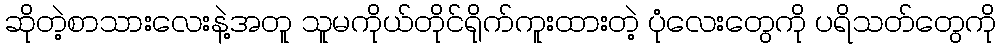
ဆိုတဲ့စာသားလေးနဲ့အတူ သူမကိုယ်တိုင်ရိုက်ကူးထားတဲ့ ပုံလေးတွေကို ပရိသတ်တွေကို